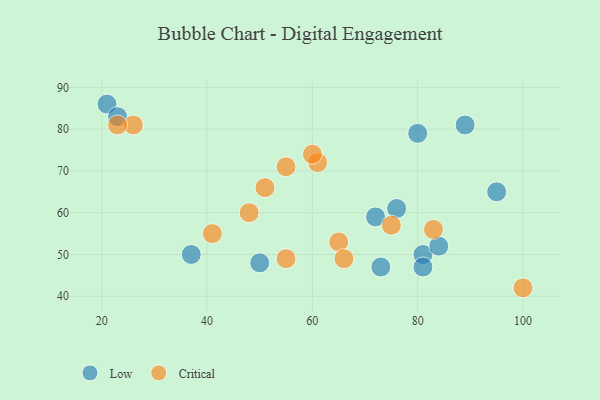
{"axis": {"x": "GDP", "y": "Life Expectancy"}, "legend": ["Critical", "Low"], "data": [{"x": "37", "y": 50, "type": "Low"}, {"x": "81", "y": 50, "type": "Low"}, {"x": "81", "y": 47, "type": "Low"}, {"x": "21", "y": 86, "type": "Low"}, {"x": "84", "y": 52, "type": "Low"}, {"x": "76", "y": 61, "type": "Low"}, {"x": "95", "y": 65, "type": "Low"}, {"x": "23", "y": 83, "type": "Low"}, {"x": "89", "y": 81, "type": "Low"}, {"x": "72", "y": 59, "type": "Low"}, {"x": "50", "y": 48, "type": "Low"}, {"x": "73", "y": 47, "type": "Low"}, {"x": "80", "y": 79, "type": "Low"}, {"x": "51", "y": 66, "type": "Critical"}, {"x": "100", "y": 42, "type": "Critical"}, {"x": "26", "y": 81, "type": "Critical"}, {"x": "55", "y": 49, "type": "Critical"}, {"x": "75", "y": 57, "type": "Critical"}, {"x": "61", "y": 72, "type": "Critical"}, {"x": "48", "y": 60, "type": "Critical"}, {"x": "55", "y": 71, "type": "Critical"}, {"x": "23", "y": 81, "type": "Critical"}, {"x": "83", "y": 56, "type": "Critical"}, {"x": "65", "y": 53, "type": "Critical"}, {"x": "41", "y": 55, "type": "Critical"}, {"x": "60", "y": 74, "type": "Critical"}, {"x": "66", "y": 49, "type": "Critical"}]}